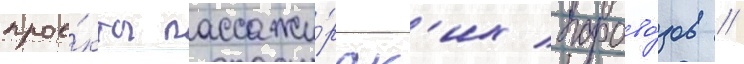
прое́кты пассажи́рск'их парово́зов //